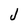
Character: J